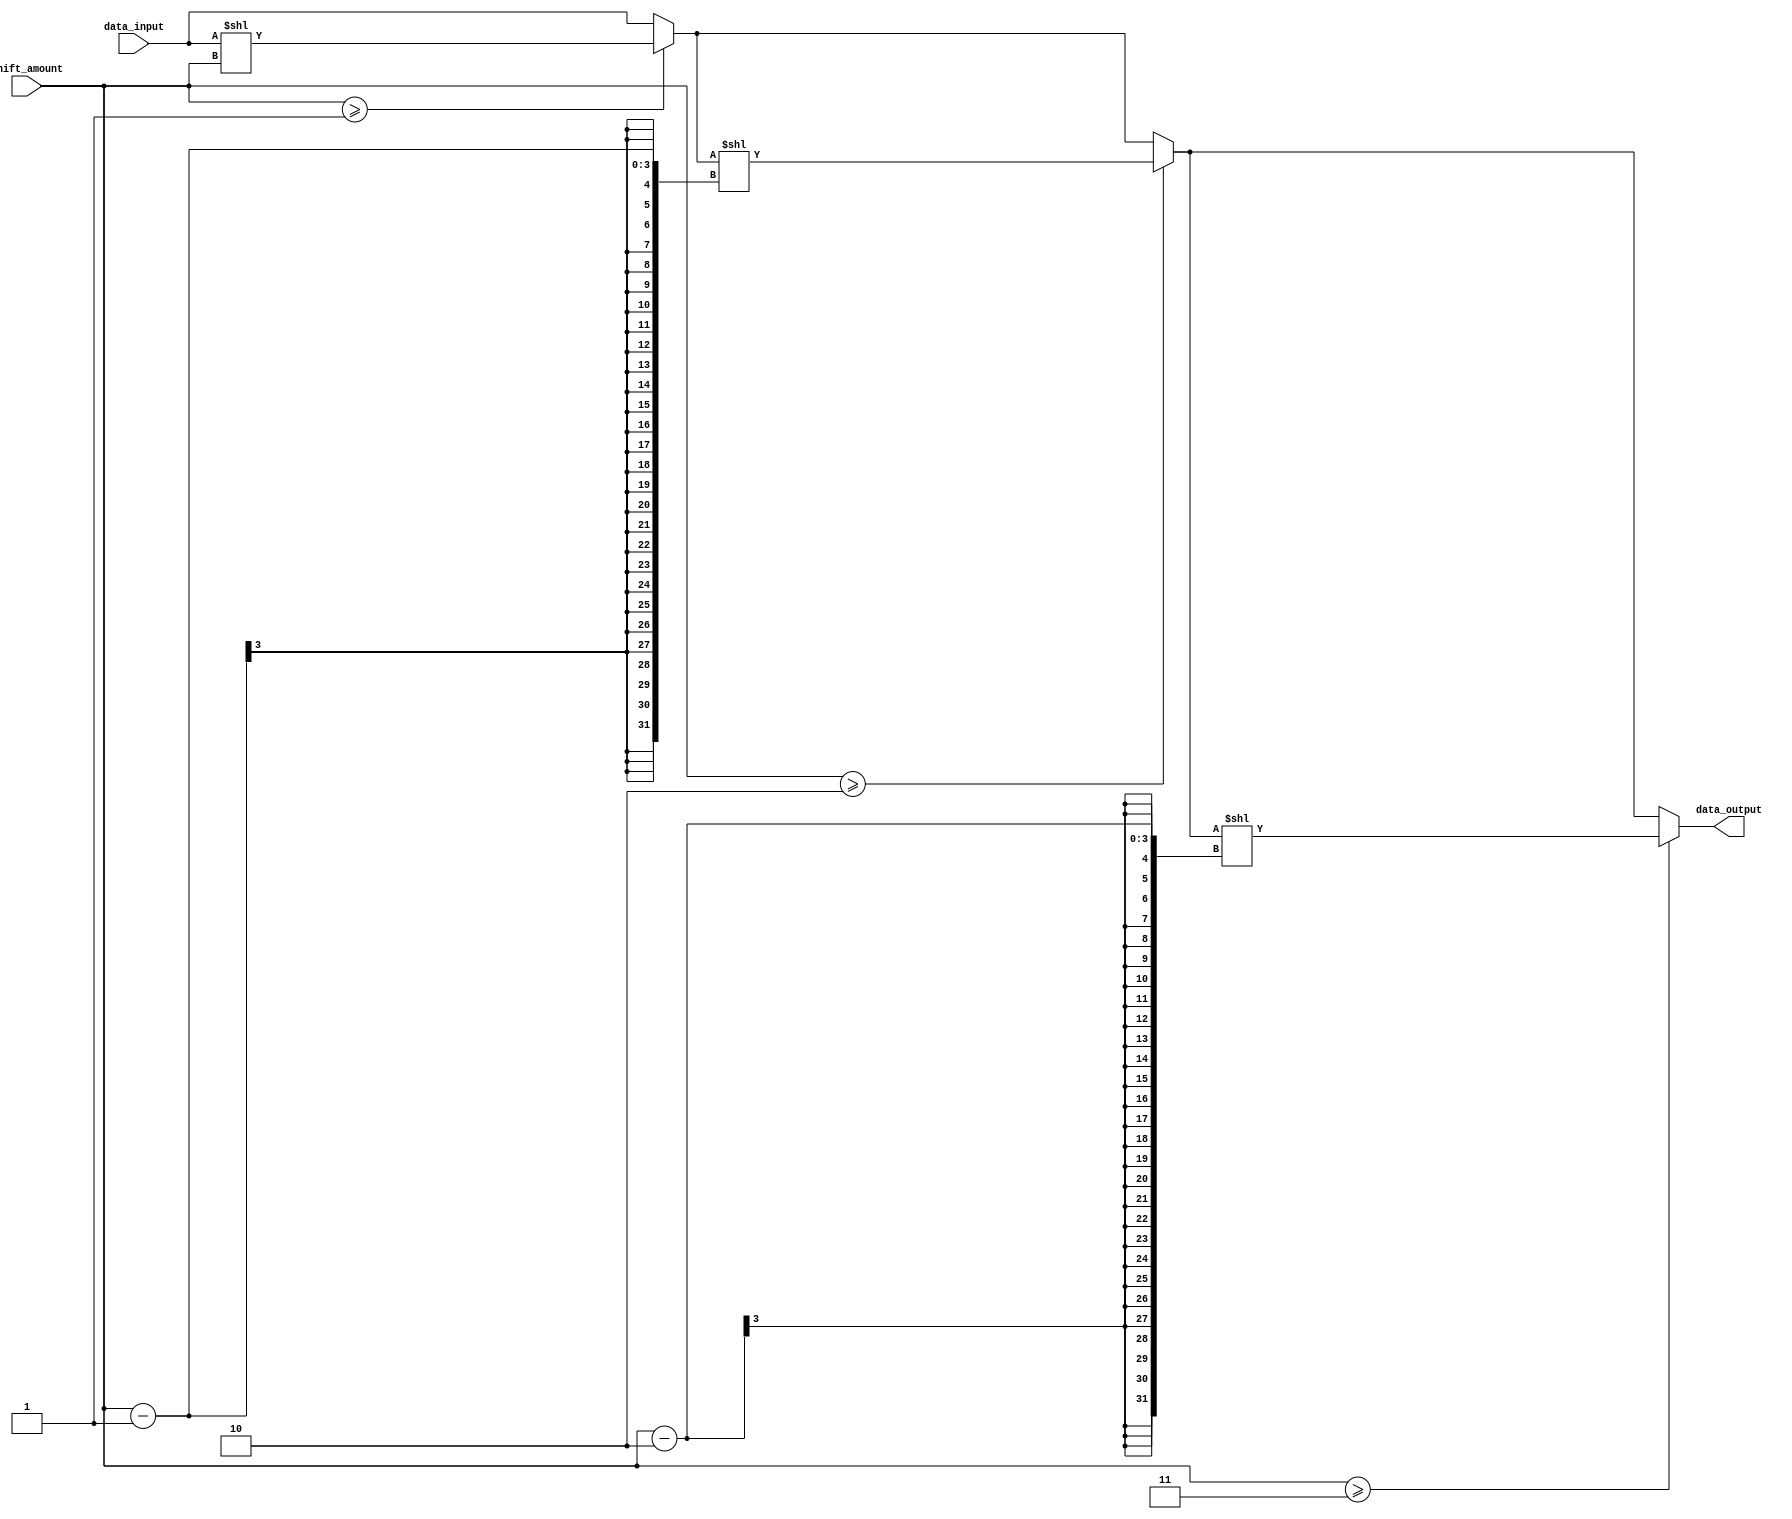
module Circular_Barrel_Shifter(
    input [7:0] data_input,
    input [2:0] shift_amount,
    output reg [7:0] data_output
);

// Define arithmetic blocks
reg [7:0] block0_output, block1_output, block2_output;

// Connect arithmetic blocks in circular fashion
always @*
begin
    block0_output = (shift_amount >= 1) ? data_input << shift_amount : data_input;
    block1_output = (shift_amount >= 2) ? block0_output << (shift_amount-1) : block0_output;
    block2_output = (shift_amount >= 3) ? block1_output << (shift_amount-2) : block1_output;
end

// Output of the circular barrel shifter
always @*
begin
    data_output = block2_output;
end

endmodule